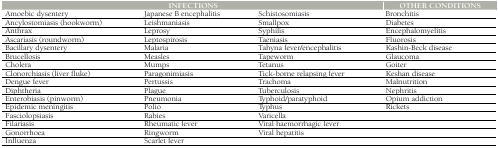
<table><thead><tr><td colspan="3"><b>INFECTIONS</b></td><td><b>OTHER CONDITIONS</b></td></tr></thead><tbody><tr><td>Amoebic dysentery</td><td>Japanese B encephalitis</td><td>Schistosomiasis</td><td>Bronchitis</td></tr><tr><td>Ancylostomiasis (hookworm)</td><td>Leishmaniasis</td><td>Smallpox</td><td>Diabetes</td></tr><tr><td>Anthrax</td><td>Leprosy</td><td>Syphilis</td><td>Encephalomyelitis</td></tr><tr><td>Ascariasis (roundworm)</td><td>Leptospirosis</td><td>Taeniasis</td><td>Fluorosis</td></tr><tr><td>Bacillary dysentery</td><td>Malaria</td><td>Tahyna fever/encephalitis</td><td>Kashin-Beck disease</td></tr><tr><td>Brucellosis</td><td>Measles</td><td>Tapeworm</td><td>Glaucoma</td></tr><tr><td>Cholera</td><td>Mumps</td><td>Tetanus</td><td>Goiter</td></tr><tr><td>Clonorchiasis (liver fluke)</td><td>Paragonimiasis</td><td>Tick-borne relapsing fever</td><td>Keshan disease</td></tr><tr><td>Dengue fever</td><td>Pertussis</td><td>Trachoma</td><td>Malnutrition</td></tr><tr><td>Diphtheria</td><td>Plague</td><td>Tuberculosis</td><td>Nephritis</td></tr><tr><td>Enterobiasis (pinworm)</td><td>Pneumonia</td><td>Typhoid/paratyphoid</td><td>Opium addiction</td></tr><tr><td>Epidemic meningitis</td><td>Polio</td><td>Typhus</td><td>Rickets</td></tr><tr><td>Fasciolopsiasis</td><td>Rabies</td><td>Varicella</td><td></td></tr><tr><td>Filariasis</td><td>Rheumatic fever</td><td>Viral haemorrhagic fever</td><td></td></tr><tr><td>Gonorrhoea</td><td>Ringworm</td><td>Viral hepatitis</td><td></td></tr><tr><td>Influenza</td><td>Scarlet fever</td><td></td><td></td></tr></tbody></table>